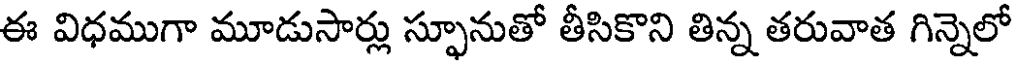
ఈ విధముగా మూడుసార్లు స్ఫూనుతో తీసికొని తిన్న తరువాత గిన్నెలో